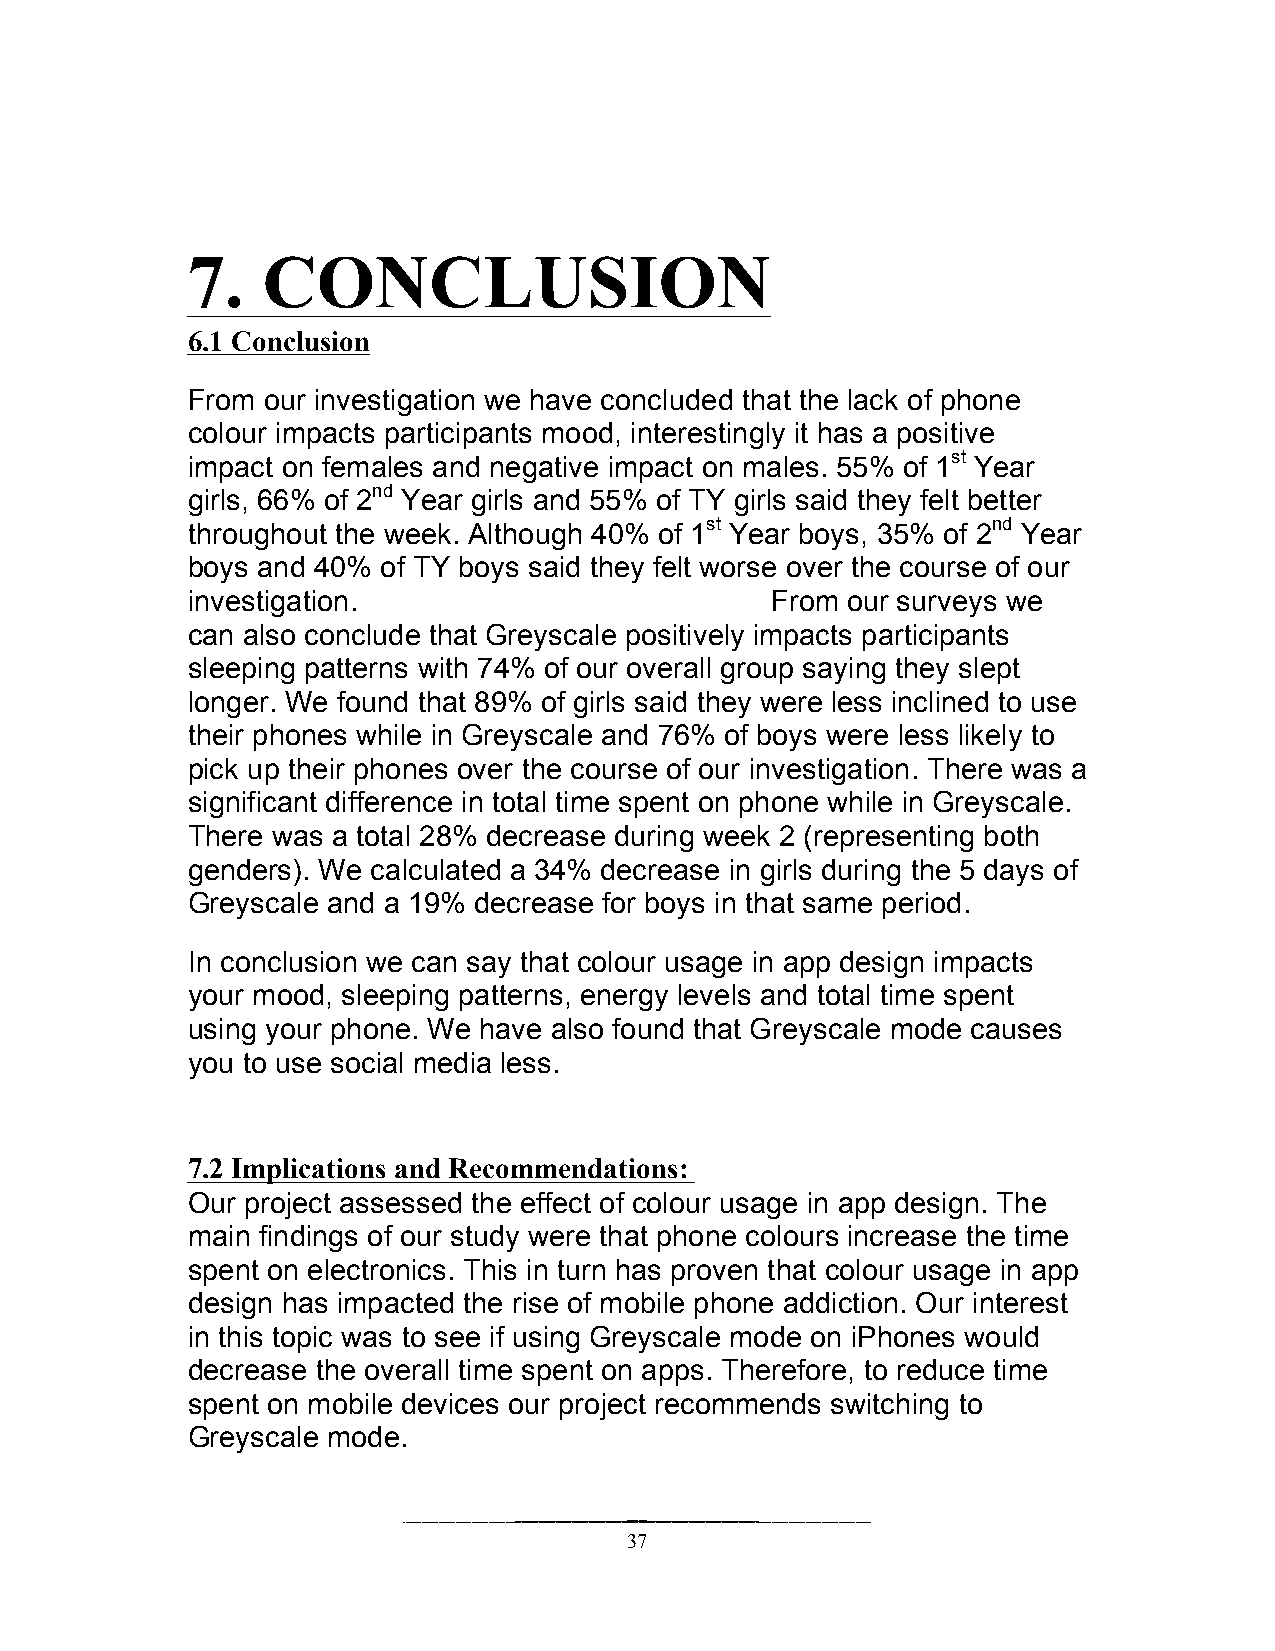
7.   CONCLUSION
 6.1 Conclusion
 From our investigation we have concluded that the lack of phone
 colour impacts participants mood, interestingly it has a positive
 impact on females and negative impact on males. 55% of 1st Year
 girls, 66% of 2nd Year girls and 55% of TY girls said they felt better
 throughout the week. Although 40% of 1st Year boys, 35% of 2nd Year
 boys and 40% of TY boys said they felt worse over the course of our
 investigation.                         From our surveys we
 can also conclude that Greyscale positively impacts participants
 sleeping patterns with 74% of our overall group saying they slept
 longer. We found that 89% of girls said they were less inclined to use
 their phones while in Greyscale and 76% of boys were less likely to
 pick up their phones over the course of our investigation. There was a
 significant difference in total time spent on phone while in Greyscale.
 There was a total 28% decrease during week 2 (representing both
 genders). We calculated a 34% decrease in girls during the 5 days of
 Greyscale and a 19% decrease for boys in that same period.
 In conclusion we can say that colour usage in app design impacts
 your mood, sleeping patterns, energy levels and total time spent
 using your phone. We have also found that Greyscale mode causes
 you to use social media less.
 7.2 Implications and Recommendations:
 Our project assessed the effect of colour usage in app design. The
 main findings of our study were that phone colours increase the time
 spent on electronics. This in turn has proven that colour usage in app
 design has impacted the rise of mobile phone addiction. Our interest
 in this topic was to see if using Greyscale mode on iPhones would
 decrease the overall time spent on apps. Therefore, to reduce time
 spent on mobile devices our project recommends switching to
 Greyscale mode.
 37